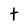
Character: t